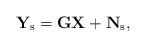
\begin{align*}{\mathbf{Y}}_{\rm{s}}={\mathbf{G}}{\mathbf{X}}+{\mathbf{N}}_{\rm{s}},\end{align*}